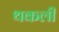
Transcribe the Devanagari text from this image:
थकली